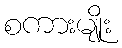
စကားမျိုး